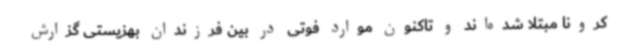
کرونا مبتلا شده‌اند و تاکنون موارد فوتی در بین فرزندان بهزیستی گزارش